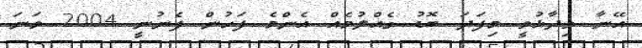
އޭނާ ވިދާޅުވީ މިފަދަ ބޮޑު ގެއްލުމެއް އެންމެ ފަހުން ފެނުނީ 2004 ވަނަ